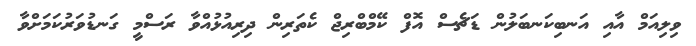
ވިލިއަމް އާއި އަނބިކަނބަލުން ޑަޗެސް އޮފް ކޭމްބްރިޖް ކެތަރިން ދިރިއުޅުއްވާ ރަސްމީ ގަނޑުވަރުކަމަށްވާ